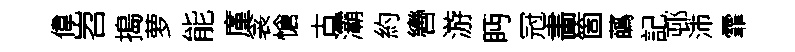
偉岧搗萝能廑衾愴古灞約轡游眄冠畵箇蘤記邨沛霏